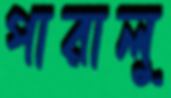
পারালু